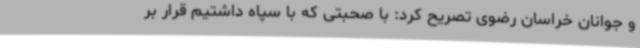
و جوانان خراسان رضوی تصریح کرد: با صحبتی که با سپاه داشتیم قرار بر